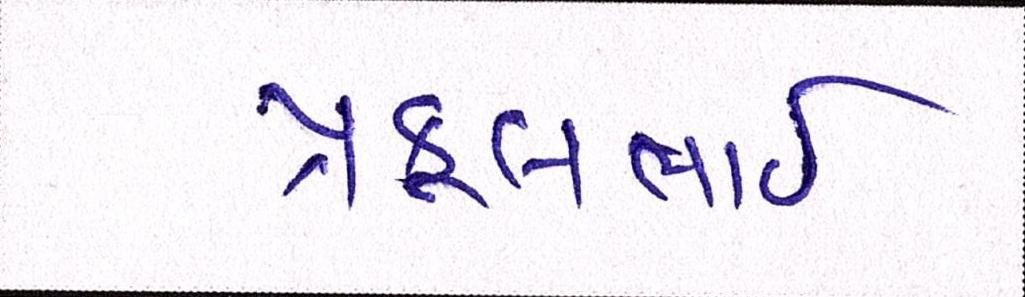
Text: પ્રફુલભાઈ